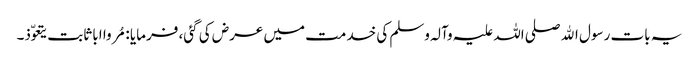
یہ بات رسول اﷲ صلی اللہ علیہ وآلہ وسلم کی خدمت میں عرض کی گئی، فرمایا : مُروا ابا ثابت یتعوّذ۔